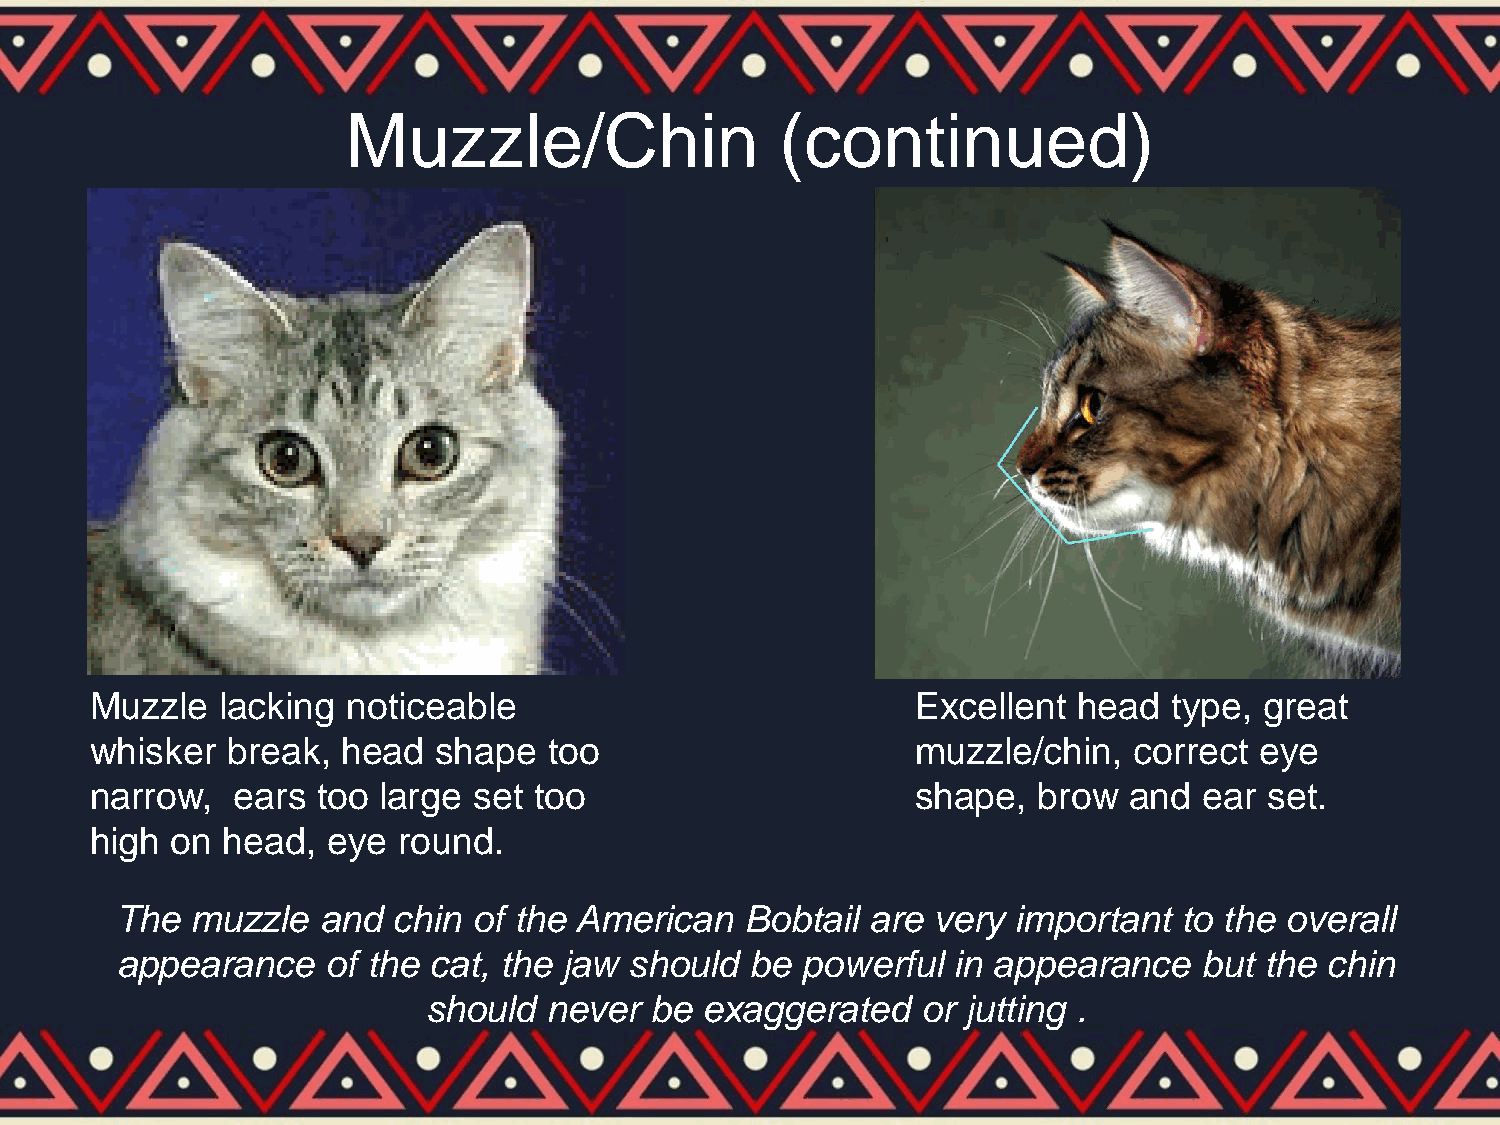
Muzzle/Chin                  (continued)
 Muzzle   lacking noticeable                            Excellent head   type, great
 whisker  break,  head  shape  too                      muzzle/chin,  correct eye
 narrow,  ears  too large set too                       shape,  brow  and  ear set.
 high on  head,  eye round.
 The  muzzle  and  chin of the American   Bobtail  are very important  to the overall
 appearance    of the cat, the jaw should  be powerful  in appearance    but the chin
 should  never  be  exaggerated   or jutting .